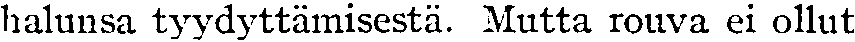
halunsa tyydyttämisestä. Mutta rouva ei ollut